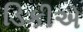
ડિકીએ